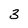
Character: 3